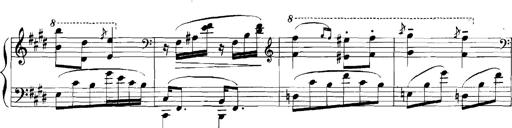
Title: Rhapsodies hongroises
Composer: Franz Liszt